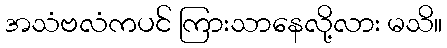
အသံဗလံကပင် ကြားသာနေလို့လား မသိ။